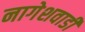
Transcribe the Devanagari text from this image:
नागेशवाडी